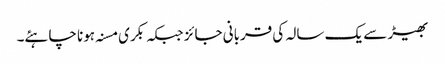
بھیڑ سے یک سالہ کی قربانی جائز جبکہ بکری مسنہ ہونا چاہئے۔